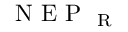
\mathrm { ~ N ~ E ~ P ~ } _ { \mathrm { ~ R ~ } }